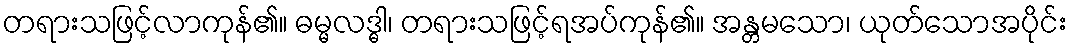
တရားသဖြင့်လာကုန်၏။ ဓမ္မလဒ္ဓါ၊ တရားသဖြင့်ရအပ်ကုန်၏။ အန္တမသော၊ ယုတ်သောအပိုင်း